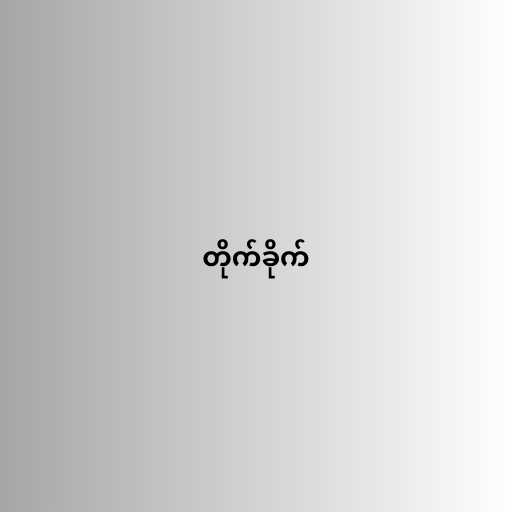
တိုက်ခိုက်